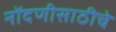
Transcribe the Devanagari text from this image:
नोंदणीसाठीचे